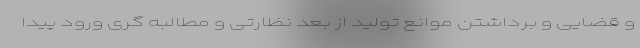
و قضایی و برداشتن موانع تولید از بعد نظارتی و مطالبه گری ورود پیدا